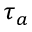
\tau _ { a }